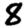
Digit: 8